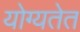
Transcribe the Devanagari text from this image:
योग्यतेत